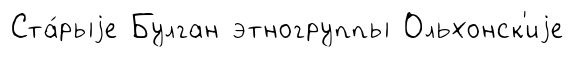
Ста́рыjе Булган этногруппы Ольхонск'иjе